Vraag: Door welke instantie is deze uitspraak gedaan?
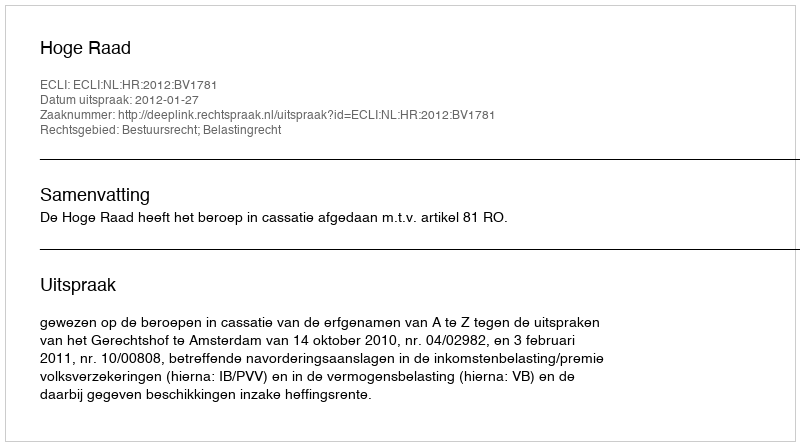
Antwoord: Hoge Raad